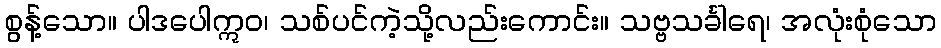
စွန့်သော။ ပါဒပေါဣဝ၊ သစ်ပင်ကဲ့သို့လည်းကောင်း။ သဗ္ဗသင်္ခါရေ၊ အလုံးစုံသော